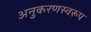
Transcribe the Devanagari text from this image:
अनुकरणस्वरूप